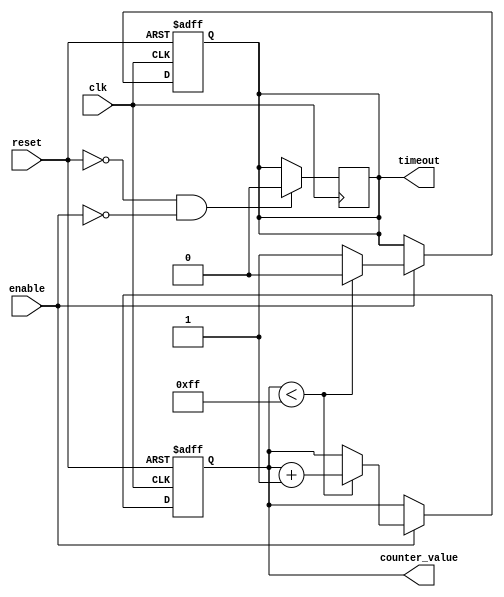
module MemoryBlocksTimeoutCounter #(
    parameter N = 8,             // Bit width of the counter
    parameter TIMEOUT_THRESHOLD = 255  // Threshold value for timeout (configurable)
)(
    input  wire clk,             // Clock signal
    input  wire reset,           // Asynchronous reset
    input  wire enable,          // Enable counting
    output reg  timeout,         // Time-out signal
    output reg  [N-1:0] counter_value // Current counter value
);

    // Asynchronous reset and counter logic
    always @(posedge clk or posedge reset) begin
        if (reset) begin
            counter_value <= 0;   // Reset counter to zero
            timeout <= 0;         // Deassert timeout
        end else if (enable) begin
            // Increment counter if enable is high
            if (counter_value < TIMEOUT_THRESHOLD) begin
                counter_value <= counter_value + 1;
                timeout <= 0; // Keep timeout low while counting
            end else begin
                timeout <= 1;   // Assert timeout when threshold is reached
            end
        end
    end

    // Ensure that timeout is deasserted when the counter is reset or below threshold
    always @(posedge clk) begin
        if (!reset && !enable) begin
            timeout <= 0; // Ensure timeout is cleared when not enabled
        end
    end

endmodule